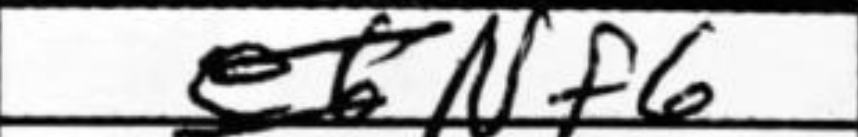
Transcription: Nf6